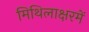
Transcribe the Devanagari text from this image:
मिथिलाक्षरमें